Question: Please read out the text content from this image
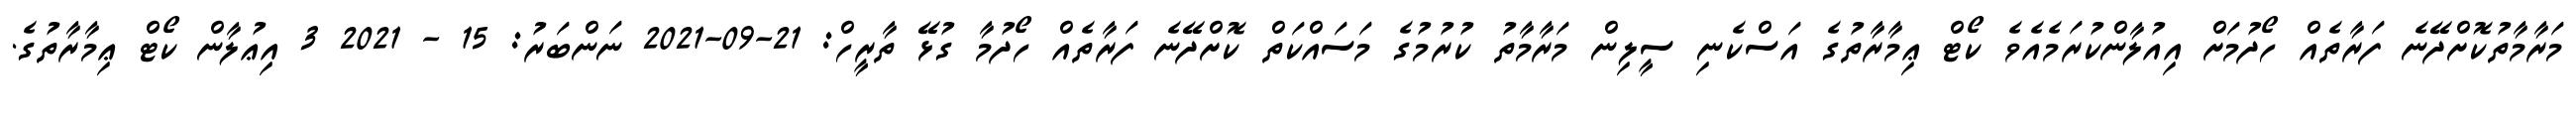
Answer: މަރާމާތުކޮށްދޭނެ ފަރާތެއް ހޯދުމަށް އިއުލާންކުރަމެއެވެ ކޯޓް ޢިމާރާތުގެ އަސްކެނި ސީލިން މަރާމާތު ކުރުމުގެ މަސައްކަތް ކޮށްދޭނެ ފަރާތެއް ހޯދުމާ ގުޅޭ ތާރީހް: 21-09-2021 ނަންބަރު: 15 - 2021 3 އިޢުލާން ކޯޓް ޢިމާރާތުގެ.